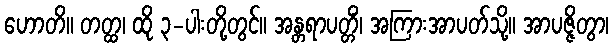
ဟောတိ။ တတ္ထ၊ ထို ၃-ပါးတို့တွင်။ အန္တရာပတ္တိံ၊ အကြားအာပတ်သို့။ အာပဇ္ဇိတွာ၊